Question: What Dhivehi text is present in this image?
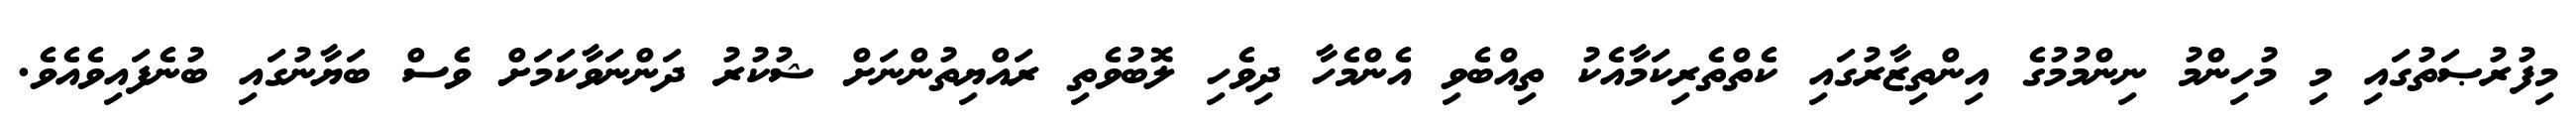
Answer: މިފުރުޞަތުގައި މި މުހިންމު ނިންމުމުގެ އިންތިޒާރުގައި ކެތްތެރިކަމާއެކު ތިއްބެވި އެންމެހާ ދިވެހި ލޮބުވެތި ރައްޔިތުންނަށް ޝުކުރު ދަންނަވާކަމަށް ވެސް ބަޔާނުގައި ބުނެފައިވެއެވެ.